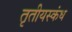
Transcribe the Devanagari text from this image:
तृतीयस्कंध